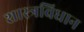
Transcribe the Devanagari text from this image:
शास्त्रविधान